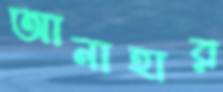
আনাহার